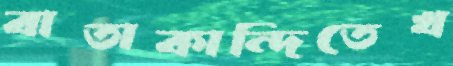
বাতাকান্দিতেখ